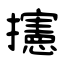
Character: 攇